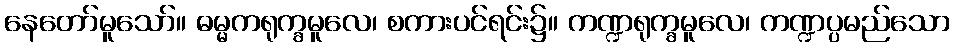
နေတော်မူသော်။ ဓမ္မကရုက္ခမူလေ၊ စကားပင်ရင်း၌။ ကဏ္ဍရုက္ခမူလေ၊ ကဏ္ဍပ္ပမည်သော